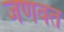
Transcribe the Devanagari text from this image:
जणवत